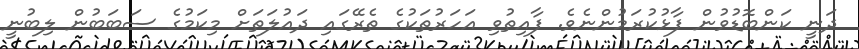
ދަނީ ކަންބޮޑުވުން ފާޅުކުރަމުންނެވެ. ފާއިތުވި އަހަރުތަކުގެ ތެރޭގައި ދައުލަތަށް މިކަމުގެ ސަބަބުން ލިބުނީ